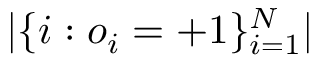
| \{ i : o _ { i } = + 1 \} _ { i = 1 } ^ { N } |